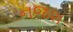
નજશ